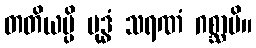
တတိယမ္ပိ ဗုဒ္ဓံ သရဏံ ဂစ္ဆာမိ။